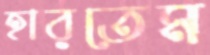
হারতেম